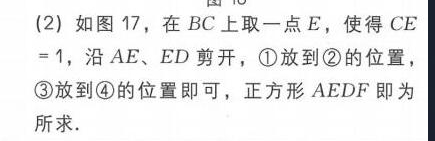
(2) 如图17，在 \(BC\) 上取一点 \(E\)，使得 \(CE = 1\)，沿 \(AE\)、\(ED\) 剪开，\textcircled{1}放到\textcircled{2}的位置，\textcircled{3}放到\textcircled{4}的位置即可，正方形 \(AEDF\) 即为所求.